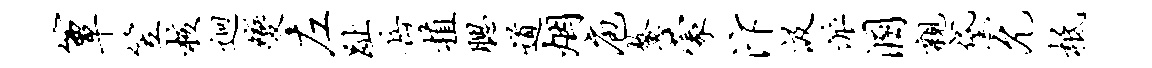
簟笠核迥变左趾岳植腮道烟庖鳌蒙汴汲派溷亲黛允柢